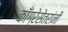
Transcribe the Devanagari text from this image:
काँग्रेसेतरांनी